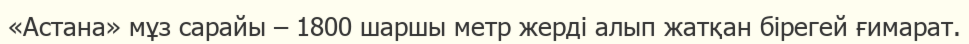
«Астана» мұз сарайы – 1800 шаршы метр жерді алып жатқан бірегей ғимарат.